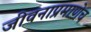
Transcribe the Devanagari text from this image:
जीवनाप्रमाणेच